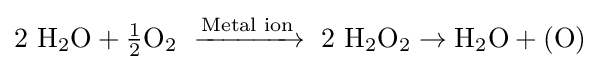
2\ \mathrm {H_{2}O} +{\tfrac {1}{2}}\mathrm {O_{2}} \ \xrightarrow {\text{Metal ion}} \ 2\ \mathrm {H_{2}O_{2}} \rightarrow \mathrm {H_{2}O} +(\mathrm {O} )